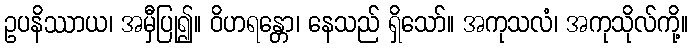
ဥပနိဿာယ၊ အမှီပြု၍။ ဝိဟရန္တော၊ နေသည် ရှိသော်။ အကုသလံ၊ အကုသိုလ်ကို့။